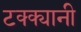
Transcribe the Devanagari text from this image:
टक्क्यानी